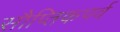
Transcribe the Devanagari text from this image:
सौप्तिकपर्व